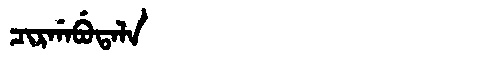
Manchu: ᠴᡳᡵᡤᠠᠪᡠᡨᠠᠯᠠ
Romanization: CIRGABUTALA